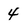
Character: 4